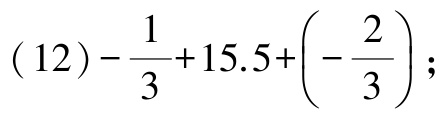
\((12)-\frac{1}{3}+15.5+\left(-\frac{2}{3}\right);\)